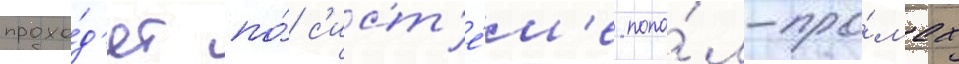
прохо́д'ят по́ с'ист'е́м'е попа́л-про́мах